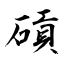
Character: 碽